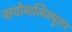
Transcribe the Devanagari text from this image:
बायोमालिक्युलर